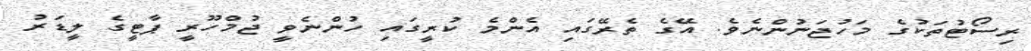
ރިސޯޓުތަކުގެ މަހުޖަނުންނެވެ. އޭގެ ތެރޭގައި އެންމެ ކުރީގައި ހުންނެވީ ޖުމްހޫރީ ޕާޓީގެ ލީޑަރު